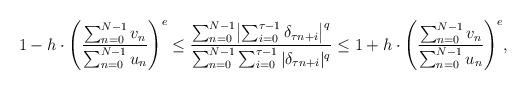
LaTeX: \begin{align*}1-h\cdot\Biggl(\frac{\sum_{n=0}^{N-1}v_n}{\sum_{n=0}^{N-1}u_n}\Biggr)^e\le \frac{\sum_{n=0}^{N-1}\bigl|\sum_{i=0}^{\tau-1}\delta_{\tau n+i}\bigr|^q}{\sum_{n=0}^{N-1}\sum_{i=0}^{\tau-1}|\delta_{\tau n+i}|^q} \le 1+h\cdot\Biggl(\frac{\sum_{n=0}^{N-1}v_n}{\sum_{n=0}^{N-1}u_n}\Biggr)^e,~~~\end{align*}